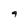
Character: 9